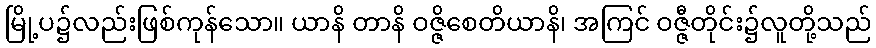
မြို့ပ၌လည်းဖြစ်ကုန်သော။ ယာနိ တာနိ ဝဇ္ဇိစေတိယာနိ၊ အကြင် ဝဇ္ဇီတိုင်း၌လူတို့သည်